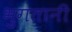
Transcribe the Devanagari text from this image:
भुगतानी